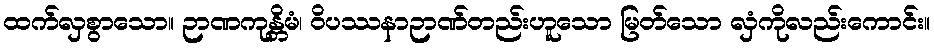
ထက်လှစွာသော။ ဉာဏကုန္တိမံ၊ ဝိပဿနာဉာဏ်တည်းဟူသော မြတ်သော လှံကိုလည်းကောင်း။